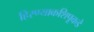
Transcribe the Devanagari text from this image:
हिरण्याकशिपूकडे